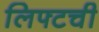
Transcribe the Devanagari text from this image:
लिफ्टची